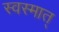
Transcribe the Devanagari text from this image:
स्वस्मात्